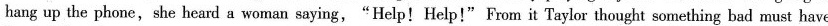
hang up the phone, she heard a woman saying,"Help! Help!" From it Taylor thought something bad must have